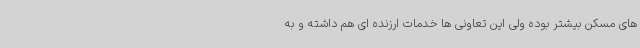
های مسکن بیشتر بوده ولی این تعاونی ها خدمات ارزنده ای هم داشته و به